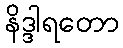
နိဒ္ဒါရတော